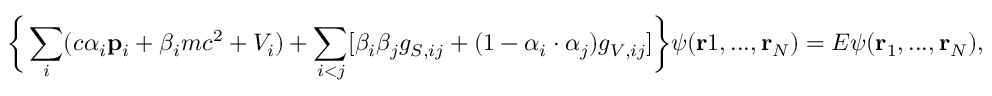
\bigg \{ \sum _ { i } ( c \alpha _ { i } \mathbf { p } _ { i } + \beta _ { i } m c ^ { 2 } + V _ { i } ) + \sum _ { i < j } [ \beta _ { i } \beta _ { j } g _ { S , i j } + ( 1 - \alpha _ { i } \cdot \alpha _ { j } ) g _ { V , i j } ] \bigg \} \psi ( \mathbf { r } 1 , . . . , \mathbf { r } _ { N } ) = E \psi ( \mathbf { r } _ { 1 } , . . . , \mathbf { r } _ { N } ) ,